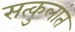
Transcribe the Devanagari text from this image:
सत्कुलांत